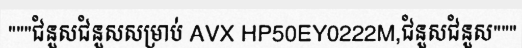
"""ជំនួសជំនួសសម្រាប់ AVX HP50EY0222M,ជំនួសជំនួស"""